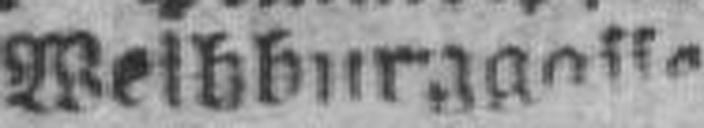
Weibburggasse